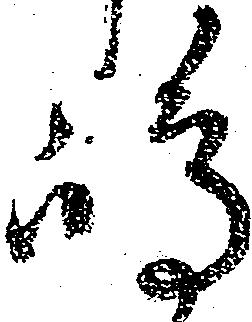
嶋